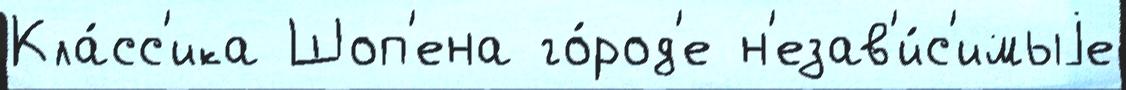
Кла́сс'ика Шоп'ена го́род'е н'езав'и́с'имыjе